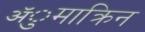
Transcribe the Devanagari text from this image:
ॲुमाक्रिन